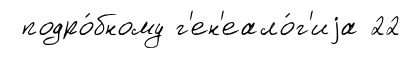
подро́бному г'ен'еало́г'иjа 22